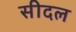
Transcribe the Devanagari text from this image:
सीदल